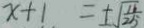
x + 1 = \pm \sqrt { \frac { 1 6 } { 2 5 } }